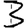
Digit: 3